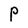
Character: P